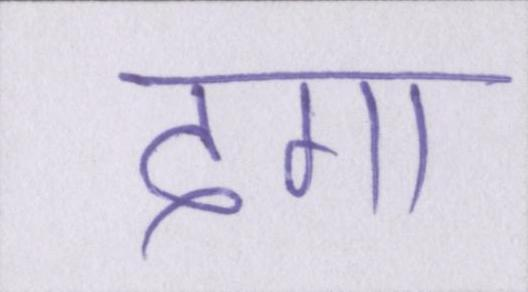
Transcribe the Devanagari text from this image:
देगा